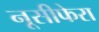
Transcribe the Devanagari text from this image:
नूसीफेरा